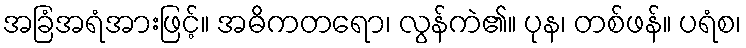
အခြံအရံအားဖြင့်။ အဓိကတရော၊ လွန်ကဲ၏။ ပုန၊ တစ်ဖန်။ ပရံစ၊